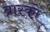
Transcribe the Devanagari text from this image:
ब्रास्को